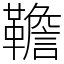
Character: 韂